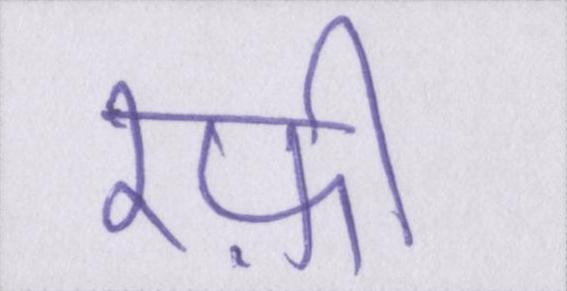
रफ़ी